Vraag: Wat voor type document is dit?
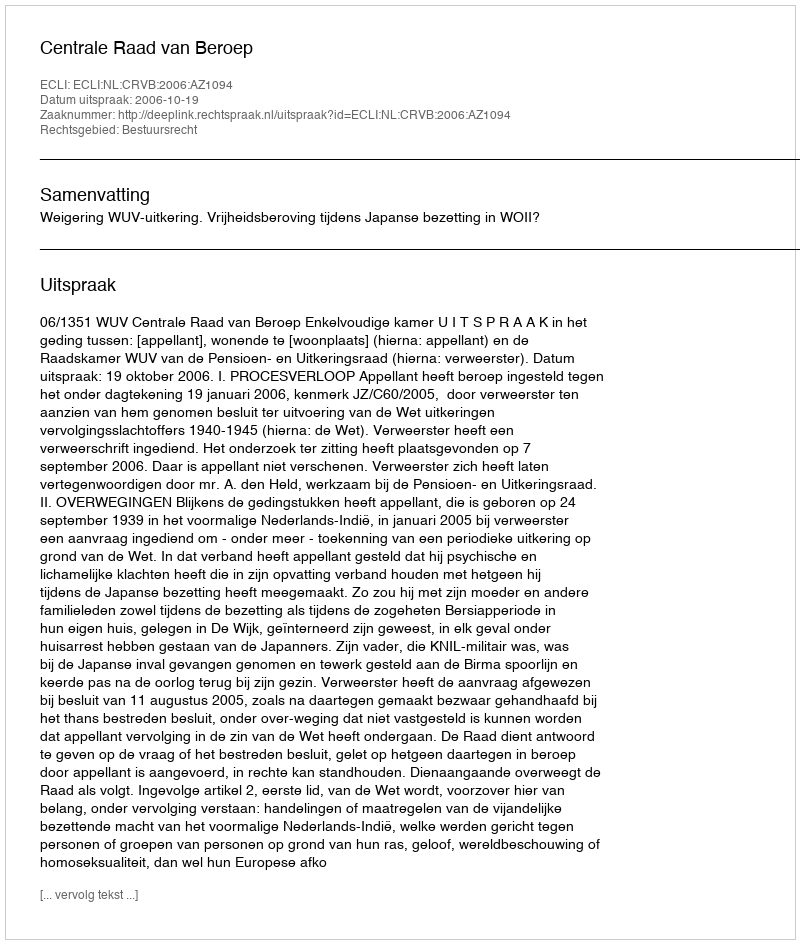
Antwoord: Uitspraak